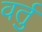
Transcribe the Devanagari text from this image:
वर्तु